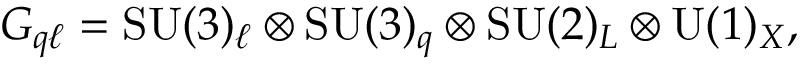
G _ { q \ell } = \mathrm { S U } ( 3 ) _ { \ell } \otimes \mathrm { S U } ( 3 ) _ { q } \otimes \mathrm { S U } ( 2 ) _ { L } \otimes \mathrm { U } ( 1 ) _ { X } ,